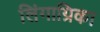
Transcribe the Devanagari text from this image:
लिंगाग्रिका